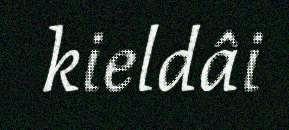
kieldâi